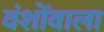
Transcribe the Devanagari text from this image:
वंशोंवाला